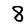
Digit: 8